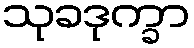
သုခဒုက္ခာ